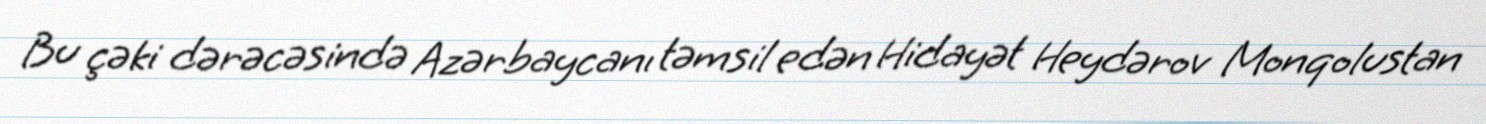
Bu çəki dərəcəsində Azərbaycanı təmsil edən Hidayət Heydərov Monqolustan